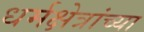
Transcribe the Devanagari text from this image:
धर्मक्षेत्रांच्या